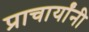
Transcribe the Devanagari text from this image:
प्राचार्यांनी